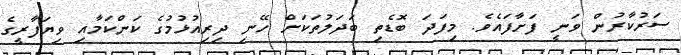
ސަރުކާރުން ވަނީ ފަށާފައެވެ. މިފަދަ ބޮޑެތި ބަދަލުތަކަށް ހޭނި ދިރިއުޅުމުގެ ކަންކަމާއި ވިޔަފާރީގެ